Medical and sanitary report of the native army of Madras for the year
Year: 1872
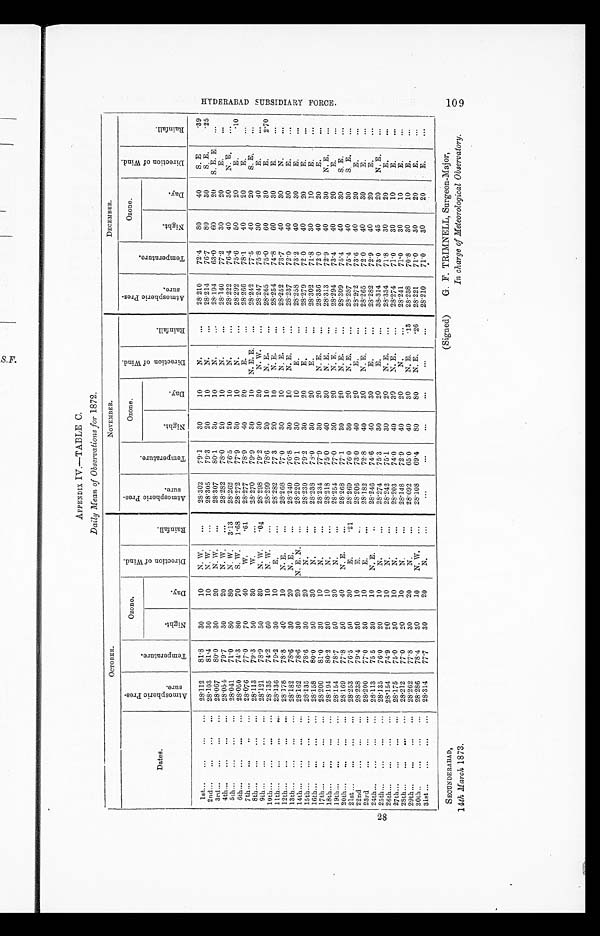
APPENDIX IV.—TABLE C.
Daily Mean of Observations for 1872.
OCTOBER.
NOVEMBER.
DECEMBER.
Dates.
A t m o s p h e r i c P r e s - s u r e .
T e m p e r a t u r e .
Ozone.
D i r e c t i o n o f W i n d .
R a i n f a l l .
A t m o s p h e r i c P r e s - s u r e .
T e m p e r a t u r e .
Ozone.
D i r e c t i o n o f W i n d .
R a i n f a l l .
A t m o s p h e r i c P r e s - s u r e .
T e m p e r a t u r e .
Ozone.
D i r e c t i o n o f W i n d .
R a i n f a l l .
N i g h t .
D a y .
N i g h t .
___
D a y .
N i g h t .
D a y .
lst
28.112
81.8
30
10
N. W.
. . .
28.302
79.1
30
10
N.
...
28.210
72.4
8 0
40
S. E
.39
2nd
28.103
81.4
30
10
N. W.
...
28.305
7 9 . 3
20
10
N.
...
28.214
7 6 . 7
80
30
S. E
. 2 5
3rd
28.067
80.0
30
20
N. W.
...
2 8 . 3 0 7
8 0 . 1
30
10
N.
...
28.194
6 3 . 0
60
20
S . E . E .
. . .
4th
28.054
79.7
30
20
N. W.
...
28.282
78.0
20
10
N.
...
28.140
77.2
30
20
E.
. . .
5th
28.041
71.0
8 0
80
N. W.
3.13
28.262
76.5
20
10
N.
...
28.222
76.4
40
30
N . E .
. . .
6th
28.050
74.3
80
70
S . W .
1 . 6 8
28.272
77.9
30
10
N.
. . .
28.292
75.6
50
20
E.
. 1 0
7th
28.076
77.0
70
4 0
W .
. 6 1
28.277
78.9
40
20
E.
...
28.266
78.1
40
20
E.
...
8th
28.113
79.3
50
30
W.
...
28.270
79.9
30
10
N. E. E.
...
28.242
77.5
40
20
S . E .
...
9th
28.121
78.9
50
30
N. W.
.04
28.298
79.2
30
20
N. W.
...
28.247
75.8
30
40
E.
. . .
10th
28.135
74.2
60
10
N. W.
. . .
28.299
78.6
20
10
N. E.
...
28.265
75.0
60
30
E.
2 . 7 0
11th
28.136
79.2
30
10
E.
. . .
28.282
77.3
20
10
N. E.
...
28.254
74.8
60
30
E.
...
12th
28.178
78.8
40
10
N. E.
...
28.268
77.0
30
10
N. E.
...
28.252
73.7
40
30
N.
. . .
13th
28.182
78.6
30
20
N. E.
. . .
28.240
76.8
30
10
N . E .
...
28.237
72.0
40
30
E.
. . .
14th
28.162
78.6
30
20 N. E. N.
...
28.220
79.1
30
10
E.
...
28.258
73.2
40
30
E.
. . .
15th
28.135
78.6
30
20
N.
...
28.230
79.2
30
20
E.
. . .
28.279
72.0
40
20
E.
. . .
16th
28.158
80.0
50
30
N.
. . .
28.238
78.0
30
20
E .
...
28.302
71.8
30
10
E.
. . .
17th
28.200
81.0
30
1 0
N.
. . .
28.234
77.9
30
20
N. E.
...
28.336
72.0
40
20
E.
...
18th
28.194
80.2
30
10
N.
. . .
28.218
75.0
40
30
N. E.
...
28.313
72.9
40
30
N . E .
...
19th
28.154
78.7
50
3 0
N.
. . .
28.254
77.0
30
20
N. E.
...
28.294
73.4
40
20
E.
...
20th
28.169
77.8
50
40
N. E.
...
28.268
77.1
30
20
N. E.
...
28.309
75.4
40
30
S. E.
...
21st
28.253
76.5
50
30
E.
.21
28.269
76.0
30
20
N . E .
...
28.287
75.4
40
30
S . E .
...
22nd
28.238
79.4
30
10
E.
. . .
28.206
73.0
40
20
E.
. . .
28.272
73.6
40
20
E.
. . .
23rd
28.200
77.0
30
10
E .
...
28.182
72.8
40
30
N . E .
...
28.265
72.0
40
30
E.
...
24th
28.113
75.5
30
10
N. E.
. . .
28.246
74.6
40
30
E.
...
28.282
72.9
40
20
E.
. . .
25th
28.135
76.0
20
10
N.
...
28.274
75.3
30
20
E.
. . .
3 8 . 3 1 4
73.0
4 5
20
N . E .
...
26th
28.154
74.9
20
10
N.
...
28.242
75.1
30
20
N. E.
...
28.334
71.8
30
20
E.
. . .
27th
28.175
75.0
30
10
N.
...
28.203
74.0
40
30
N. E.
...
28.274
71.0
30
10
E.
...
28th
28.212
77.0
20
1 0
N .
...
28.148
7 2 . 9
40
20
N.
. . .
28.241
71.0
30
10
E.
. . .
29th
28.262
77.8
30
20
N.
...
28.092
65.0
4 0
30
N. E.
. 1 3
28.238
70.8
30
10
E.
. . .
30th
28.286
78.4
30
1 0
N . W .
...
2 8 . 1 0 8
6 9 . 4
8 0
8 0
N . E .
. 2 6
28.221
71.0
30
20
E.
...
31st
28.314
77.7
30
20
N.
...
. . .
...
...
. . .
. . .
. . .
2 8 . 2 1 0
7 1 . 0
3 0
2 0
E .
. . .
SECUNDERABAD,
14th March 1873.
(Signed)
G. F. TRIMNELL, Surgeon-Major,
In charge of Meteorological Observatory.